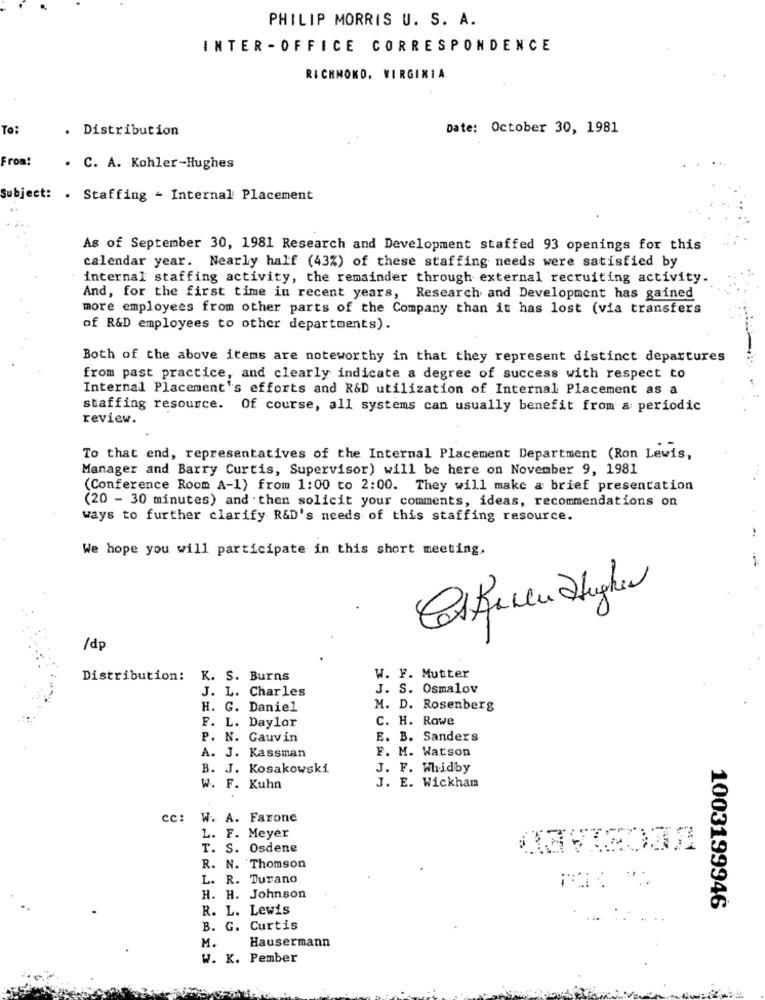
PHILIP MORRIS U. S. A.
INTER -OFFICE CORRESPONDENCE
RICHMOND, VIRGINIA
To:
. Distribution
Date: October 30, 1981
From!
. C. A. Kohler-Hughes
Subject: . Staffing - Internal Placement
As of September 30, 1981 Research and Development staffed 93 openings for this
calendar year. Nearly half (43%) of these staffing needs were satisfied by
internal staffing activity, the remainder through external recruiting activity.
And, for the first time in recent years, Research and Development has gained
more employees from other parts of the Company than it has lost (via transfers
of R&D employees to other departments).
Both of the above items are noteworthy in that they represent distinct departures
from past practice, and clearly indicate a degree of success with respect to
Internal Placement's efforts and R&D utilization of Internal Placement as a
staffing resource. Of course, all systems can usually benefit from a periodic
review.
To that end, representatives of the Internal Placement Department (Ron Lewis,
Manager and Barry Curtis, Supervisor) will be here on November 9, 1981
(Conference Room A-1) from 1:00 to 2:00. They will make a brief presentation
(20 - 30 minutes) and then solicit your comments, ideas, recommendations on
ways to further clarify R&D's needs of this staffing resource.
We hope you will participate in this short meeting,
/dp
Distribution: K. S. Burns
W. F. Mutter
J. L. Charles
J. S. Osmalov
H. G. Daniel
M. D. Rosenberg
C. H. Rowe
F. L. Daylor
P. N. Gauvin
E. B. Sanders
F. M. Watson
A. J. Kassman
B. J. Kosakowski
J. F. Whidby
W. F. Kuhn
J. E. Wickham
CC:
W. A. Farone
L. F. Meyer
T. S. Osdene
R. N. Thomson
L. R. Turano
H. H. Johnson
R. L. Lewis
1003199946
B. G. Curtis
M.
Hausermann
W. K. Pember